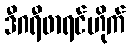
ဒီဂရီဖာရင်ဟိုက်